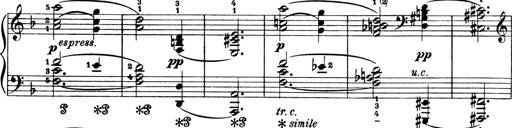
Title: 4 Sonatines
Composer: Max Reger